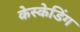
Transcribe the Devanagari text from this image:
केस्केडिंग